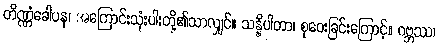
တိဏ္ဏံခေါပန၊ အကြောင်းသုံးပါးတို့၏သာလျှင်။ သန္နိပါတာ၊ စုဝေးခြင်းကြောင့်။ ဂဗ္ဘဿ၊